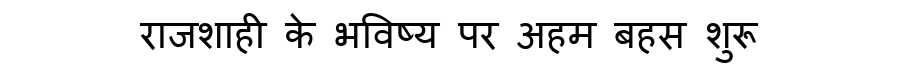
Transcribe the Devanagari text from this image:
राजशाही के भविष्य पर अहम बहस शुरू